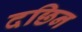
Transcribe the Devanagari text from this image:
दछिन